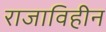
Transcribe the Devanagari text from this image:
राजाविहीन